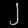
Digit: ၂